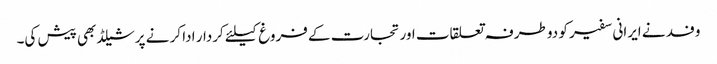
وفد نے ایرانی سفیر کو دو طرفہ تعلقات اور تجارت کے فروغ کیلئے کردار ادا کر نے پر شیلڈ بھی پیش کی۔